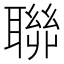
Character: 聯